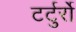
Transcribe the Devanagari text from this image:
टर्टुर्रो